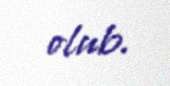
olub.